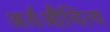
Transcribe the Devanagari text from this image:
अर्थऔचित्य